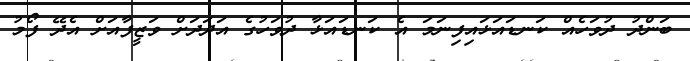
ބަންދު ދުވަހެއް ކަނޑައަޅައިފިނަމަ އެ ކަނޑައަޅާ ދުވަހުގެ އަދަދަށް ވަޒީފާއަށް އެދޭ ފޯމު